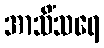
အာသိံသရေ